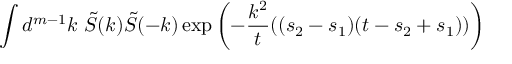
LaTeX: \int d ^ { m - 1 } k \ \tilde { S } ( k ) \tilde { S } ( - k ) \exp \left( - \frac { k ^ { 2 } } { t } ( ( s _ { 2 } - s _ { 1 } ) ( t - s _ { 2 } + s _ { 1 } ) ) \right)